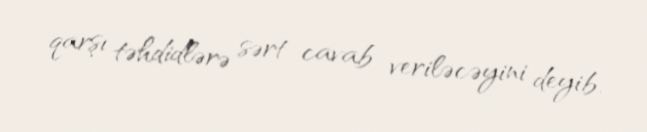
qarşı təhdidlərə sərt cavab veriləcəyini deyib.